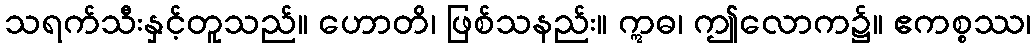
သရက်သီးနှင့်တူသည်။ ဟောတိ၊ ဖြစ်သနည်း။ ဣဓ၊ ဤလောက၌။ ဧကစ္စဿ၊